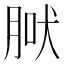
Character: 𦜀